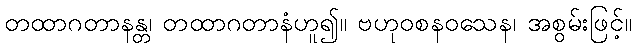
တထာဂတာနန္တ၊ တထာဂတာနံဟူ၍။ ဗဟုဝစနဝသေန၊ အစွမ်းဖြင့်။